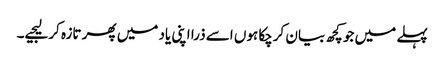
پہلے میں جو کچھ بیان کرچکا ہوں اسے ذرا اپنی یاد میں پھر تازہ کرلیجیے۔